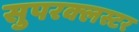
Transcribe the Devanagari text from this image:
सुपरक्‍लस्टर